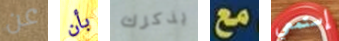
عن بأن يذكرك مع إستمعي